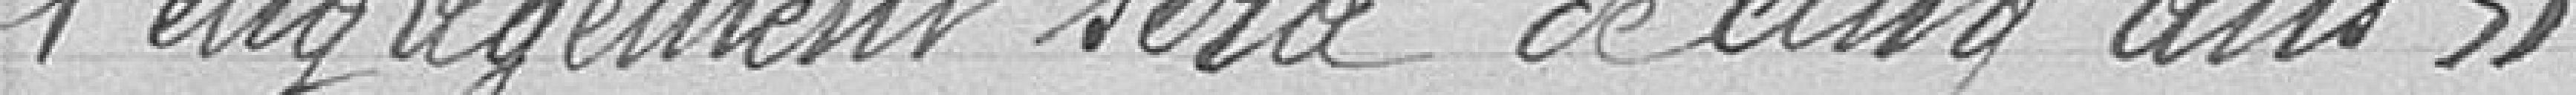
l'engagement sera de 5 ans".